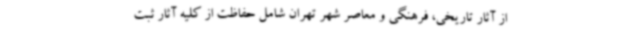
از آثار تاریخی، فرهنگی و معاصر شهر تهران شامل حفاظت از کلیه آثار ثبت